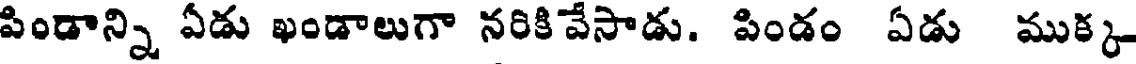
పిండాన్ని ఏడు ఖండాలుగా నరికివేసాడు. పిండం ఏడు ముక్క